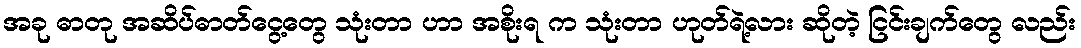
အခု ဓာတု အဆိပ်ဓာတ်ငွေ့တွေ သုံးတာ ဟာ အစိုးရ က သုံးတာ ဟုတ်ရဲ့လား ဆိုတဲ့ ငြင်းချက်တွေ လည်း